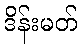
ဒိန်းမတ်